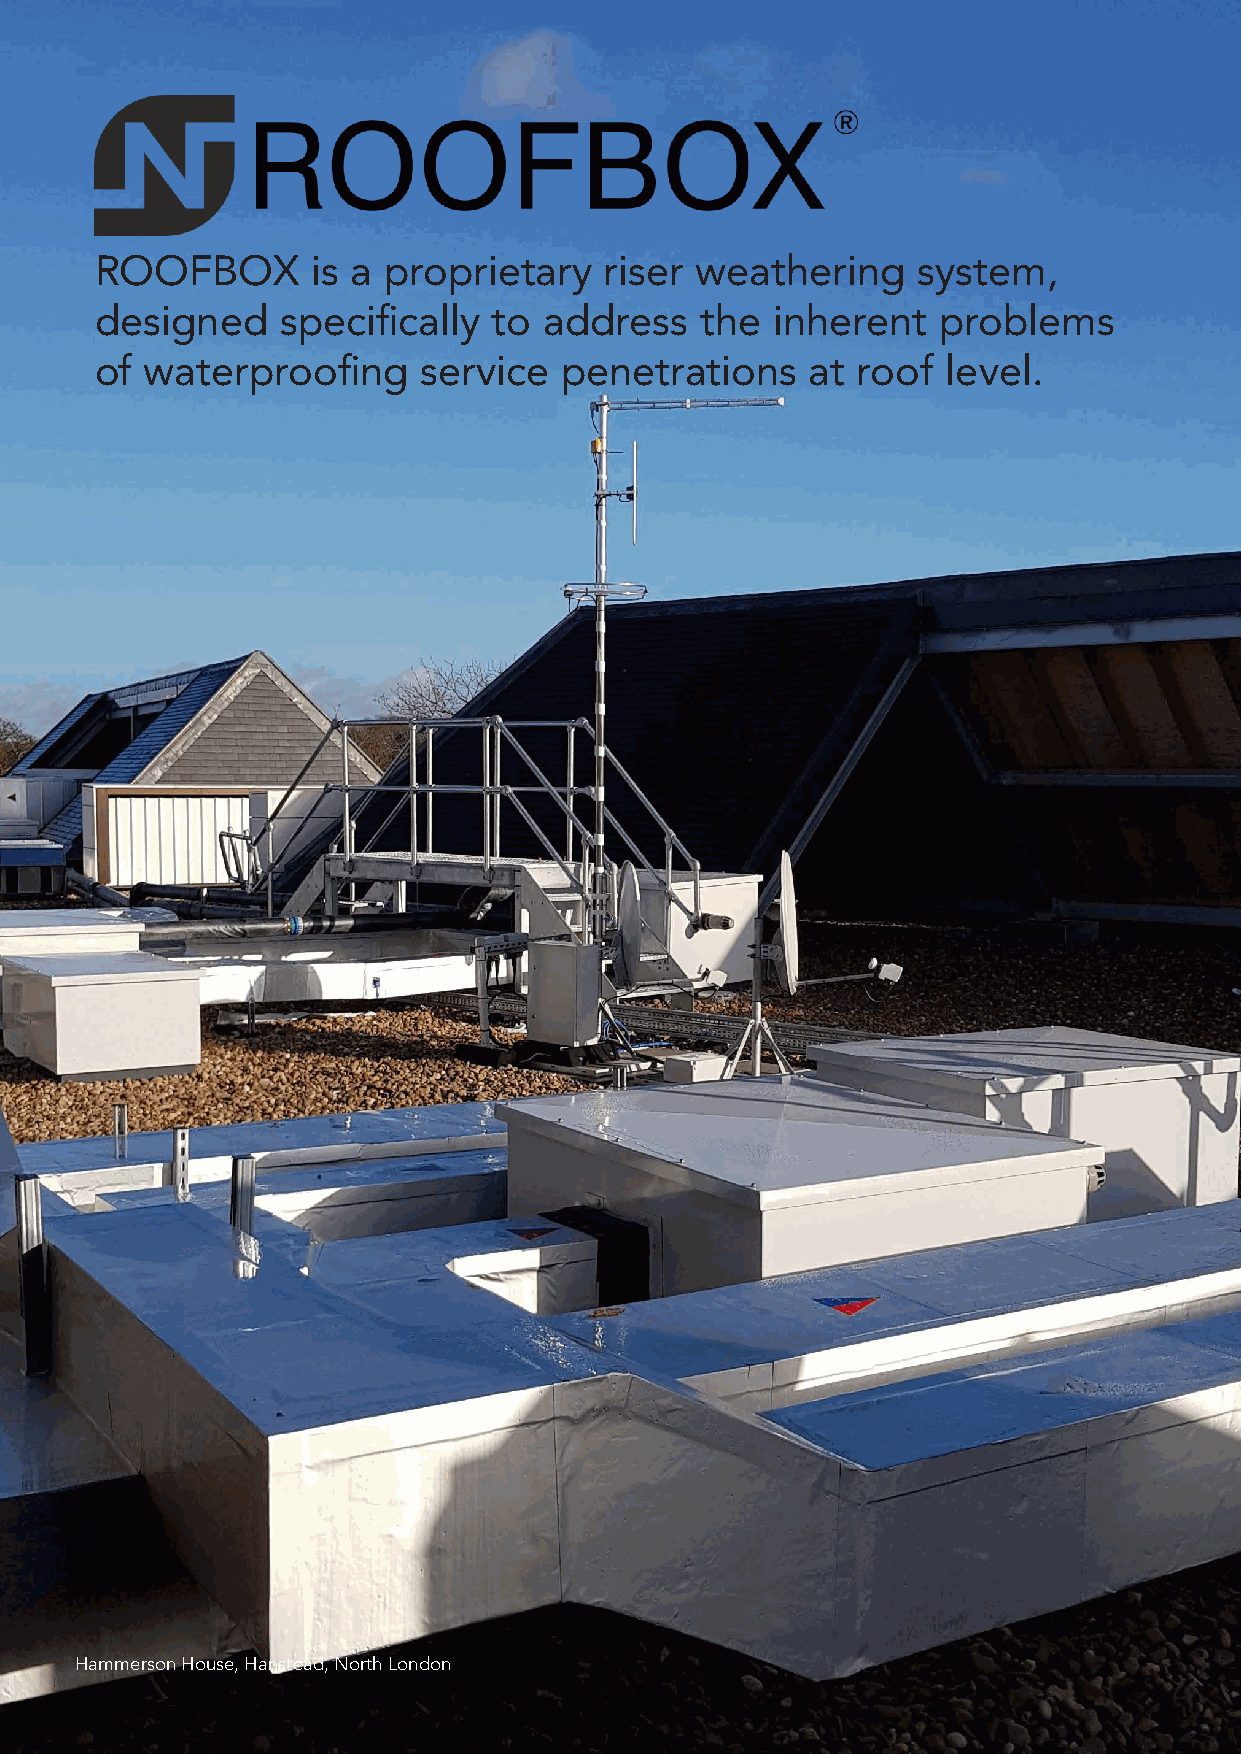
ROOFBOX        is a proprietary   riser weathering     system,
 designed     specifically  to address   the  inherent   problems
 of  waterproofing     service  penetrations     at roof  level.
 Hammerson House, Hanstead, North London